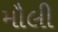
મૌલી